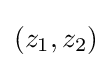
(z_{1},z_{2})